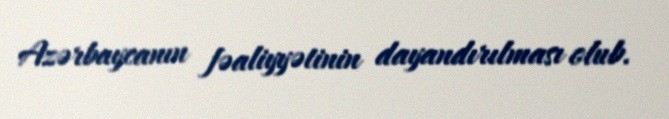
Azərbaycanın fəaliyyətinin dayandırılması olub.